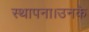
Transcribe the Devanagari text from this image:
स्थापना।उनके